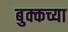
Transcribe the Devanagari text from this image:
बुक्कच्या